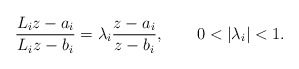
\begin{align*}{L_iz-a_i\over L_iz-b_i}=\lambda_i{z-a_i\over z-b_i}, \qquad 0<|\lambda_i|<1 .\end{align*}